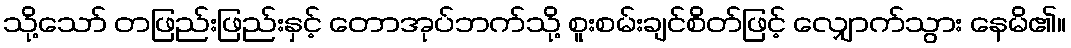
သို့သော် တဖြည်းဖြည်းနှင့် တောအုပ်ဘက်သို့ စူးစမ်းချင်စိတ်ဖြင့် လျှောက်သွား နေမိ၏။